Snake-venoms in relation to hæmolysis - Number 17
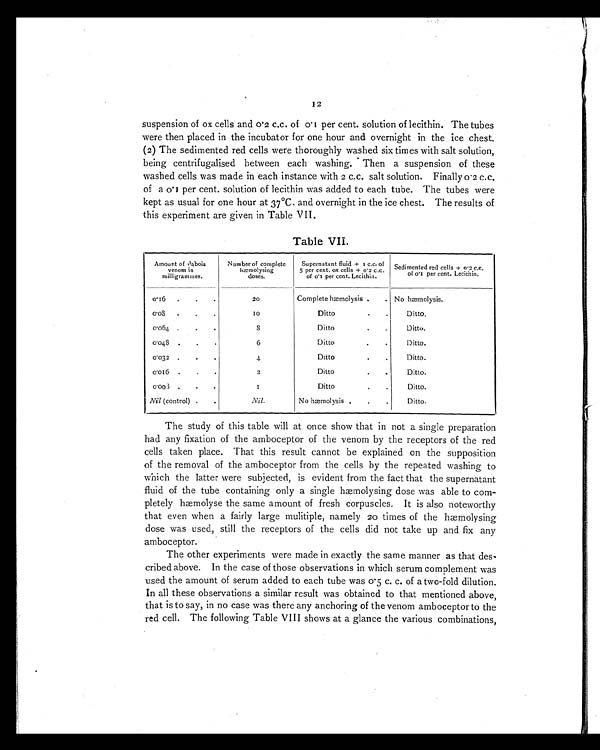
12
suspension of ox cells and 0.2 c.c. of 0.1 per cent. solution of lecithin. The tubes
were then placed in the incubator for one hour and overnight in the ice chest.
(2) The sedimented red cells were thoroughly washed six times with salt solution,
being centrifugalised between each washing. Then a suspension of these
washed cells was made in each instance with 2 c.c. salt solution. Finally 0.2 c.c.
of a 0.1 per cent. solution of lecithin was added to each tube. The tubes were
kept as usual for one hour at 37°C. and overnight in the ice chest. The results of
this experiment are given in Table VII.
Table VII.
Amount of daboia
venom in
milligrammes.
Number of complete
hæmolysing
doses.
Supernatant fluid + 1 c.c. of
5 per cent. ox cells + 0.2 c.c.
of 0.1 per cent. Lecithin.
Sedimented red cells + 0.2 c.c.
of 0.1 per cent. Lecithin.
0 . 1 6 .
.
.
20
Complete hæmolysis .
. No hæmolysis.
0 . 0 8 .
.
.
1 0
Di t t o
. .
Ditto.
0 . 0 6 4 .
.
.
8
Di t t o
.
.
Ditto.
0 . 0 4 8 .
.
.
6
Di t t o
.
.
Ditto.
0 . 0 3 2
.
.
.
4
Di t t o
. .
Ditto.
0 . 0 1 6 .
.
.
2
Di t t o
.
.
Ditto.
0 . 0 0 3 .
.
.
1
Di t t o
.
.
Ditto.
Nil (control) .
.
Nil.
No hæmolysis .
.
.
Ditto.
The study of this table will at once show that in not a single preparation
had any fixation of the amboceptor of the venom by the receptors of the red
cells taken place. That this result cannot be explained on the supposition
of the removal of the amboceptor from the cells by the repeated washing to
which the latter were subjected, is evident from the fact that the supernatant
fluid of the tube containing only a single hæmolysing dose was able to com-
pletely hæmolyse the same amount of fresh corpuscles. It is also noteworthy
that even when a fairly large mulitiple, namely 20 times of the hæmolysing
dose was used, still the receptors of the cells did not take up and fix any
amboceptor.
The other experiments were made in exactly the same manner as that des-
cribed above. In the case of those observations in which serum complement was
used the amount of serum added to each tube was 0.5 c. c. of a two-fold dilution.
In all these observations a similar result was obtained to that mentioned above,
that is to say, in no case was there any anchoring of the venom amboceptor to the
red cell. The following Table VIII shows at a glance the various combinations,